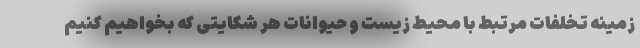
زمینه تخلفات مرتبط با محیط زیست و حیوانات هر شکایتی که بخواهیم کنیم